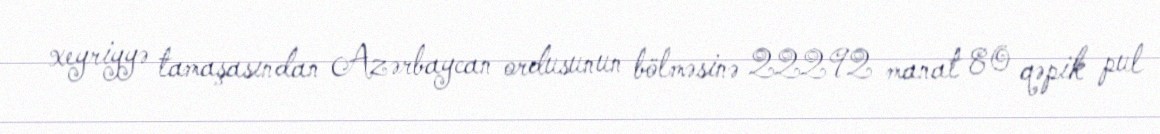
xeyriyyə tamaşasından Azərbaycan ordusunun bölməsinə 22292 manat 80 qəpik pul